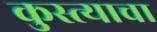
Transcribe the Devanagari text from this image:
कुस्त्याचा